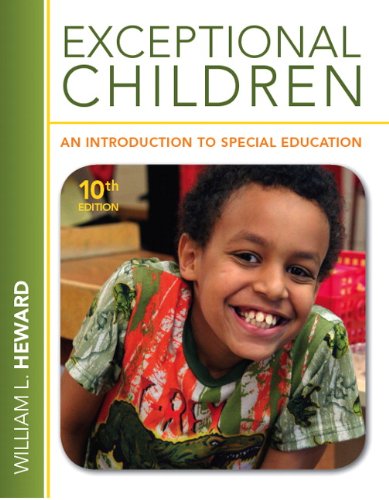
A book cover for Exceptional Children: An Introduction to Special Education (10th Edition); William L. Heward; Education & Teaching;